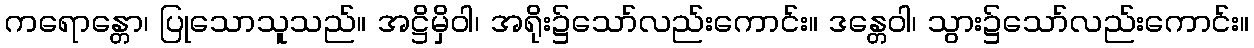
ကရောန္တော၊ ပြုသောသူသည်။ အဋ္ဌိမှိဝါ၊ အရိုး၌သော်လည်းကောင်း။ ဒန္တေဝါ၊ သွား၌သော်လည်းကောင်း။